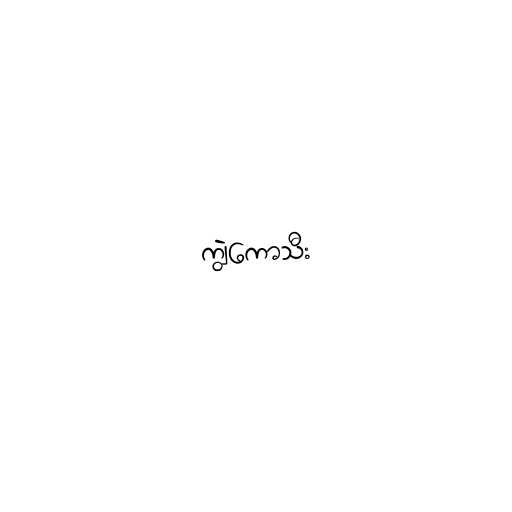
ကျွဲကောသီး